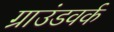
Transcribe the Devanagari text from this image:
ग्राउंडवर्क